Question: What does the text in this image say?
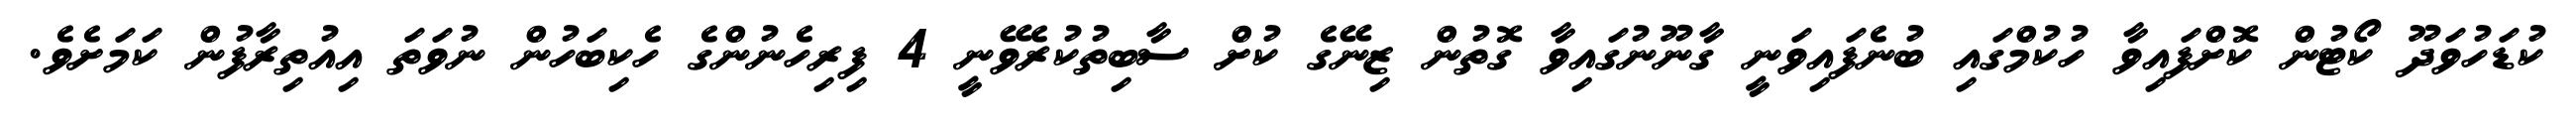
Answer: ކުޑަހުވަދޫ ކޯޓުން ކޮށްފައިވާ ހުކުމްގައި ބުނެފައިވަނީ ގާނޫނުގައިވާ ގޮތުން ޒިނޭގެ ކުށް ސާބިތުކުރެވޭނީ 4 ފިރިހެނުންގެ ހެކިބަހުން ނުވަތަ އިއުތިރާފުން ކަމަށެވެ.